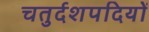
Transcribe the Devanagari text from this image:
चतुर्दशपदियों